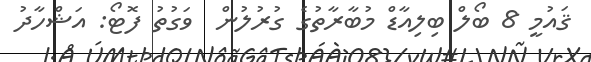
ޤައުމީ 8 ބޯލް ބިލިއާޑް މުބާރާތުގެ ގުރުލުން  ވަގުތު ފޮޓޯ: އަޝްހާދު